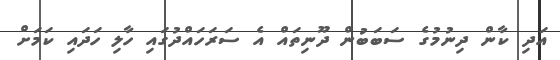
އަދި ކާން ދިނުމުގެ ސަބަބުން ދޫނިތައް އެ ސަރަހައްދުގައި ހާލި ހަދައި ކަމަށް